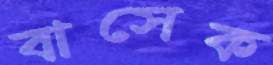
বাসেক